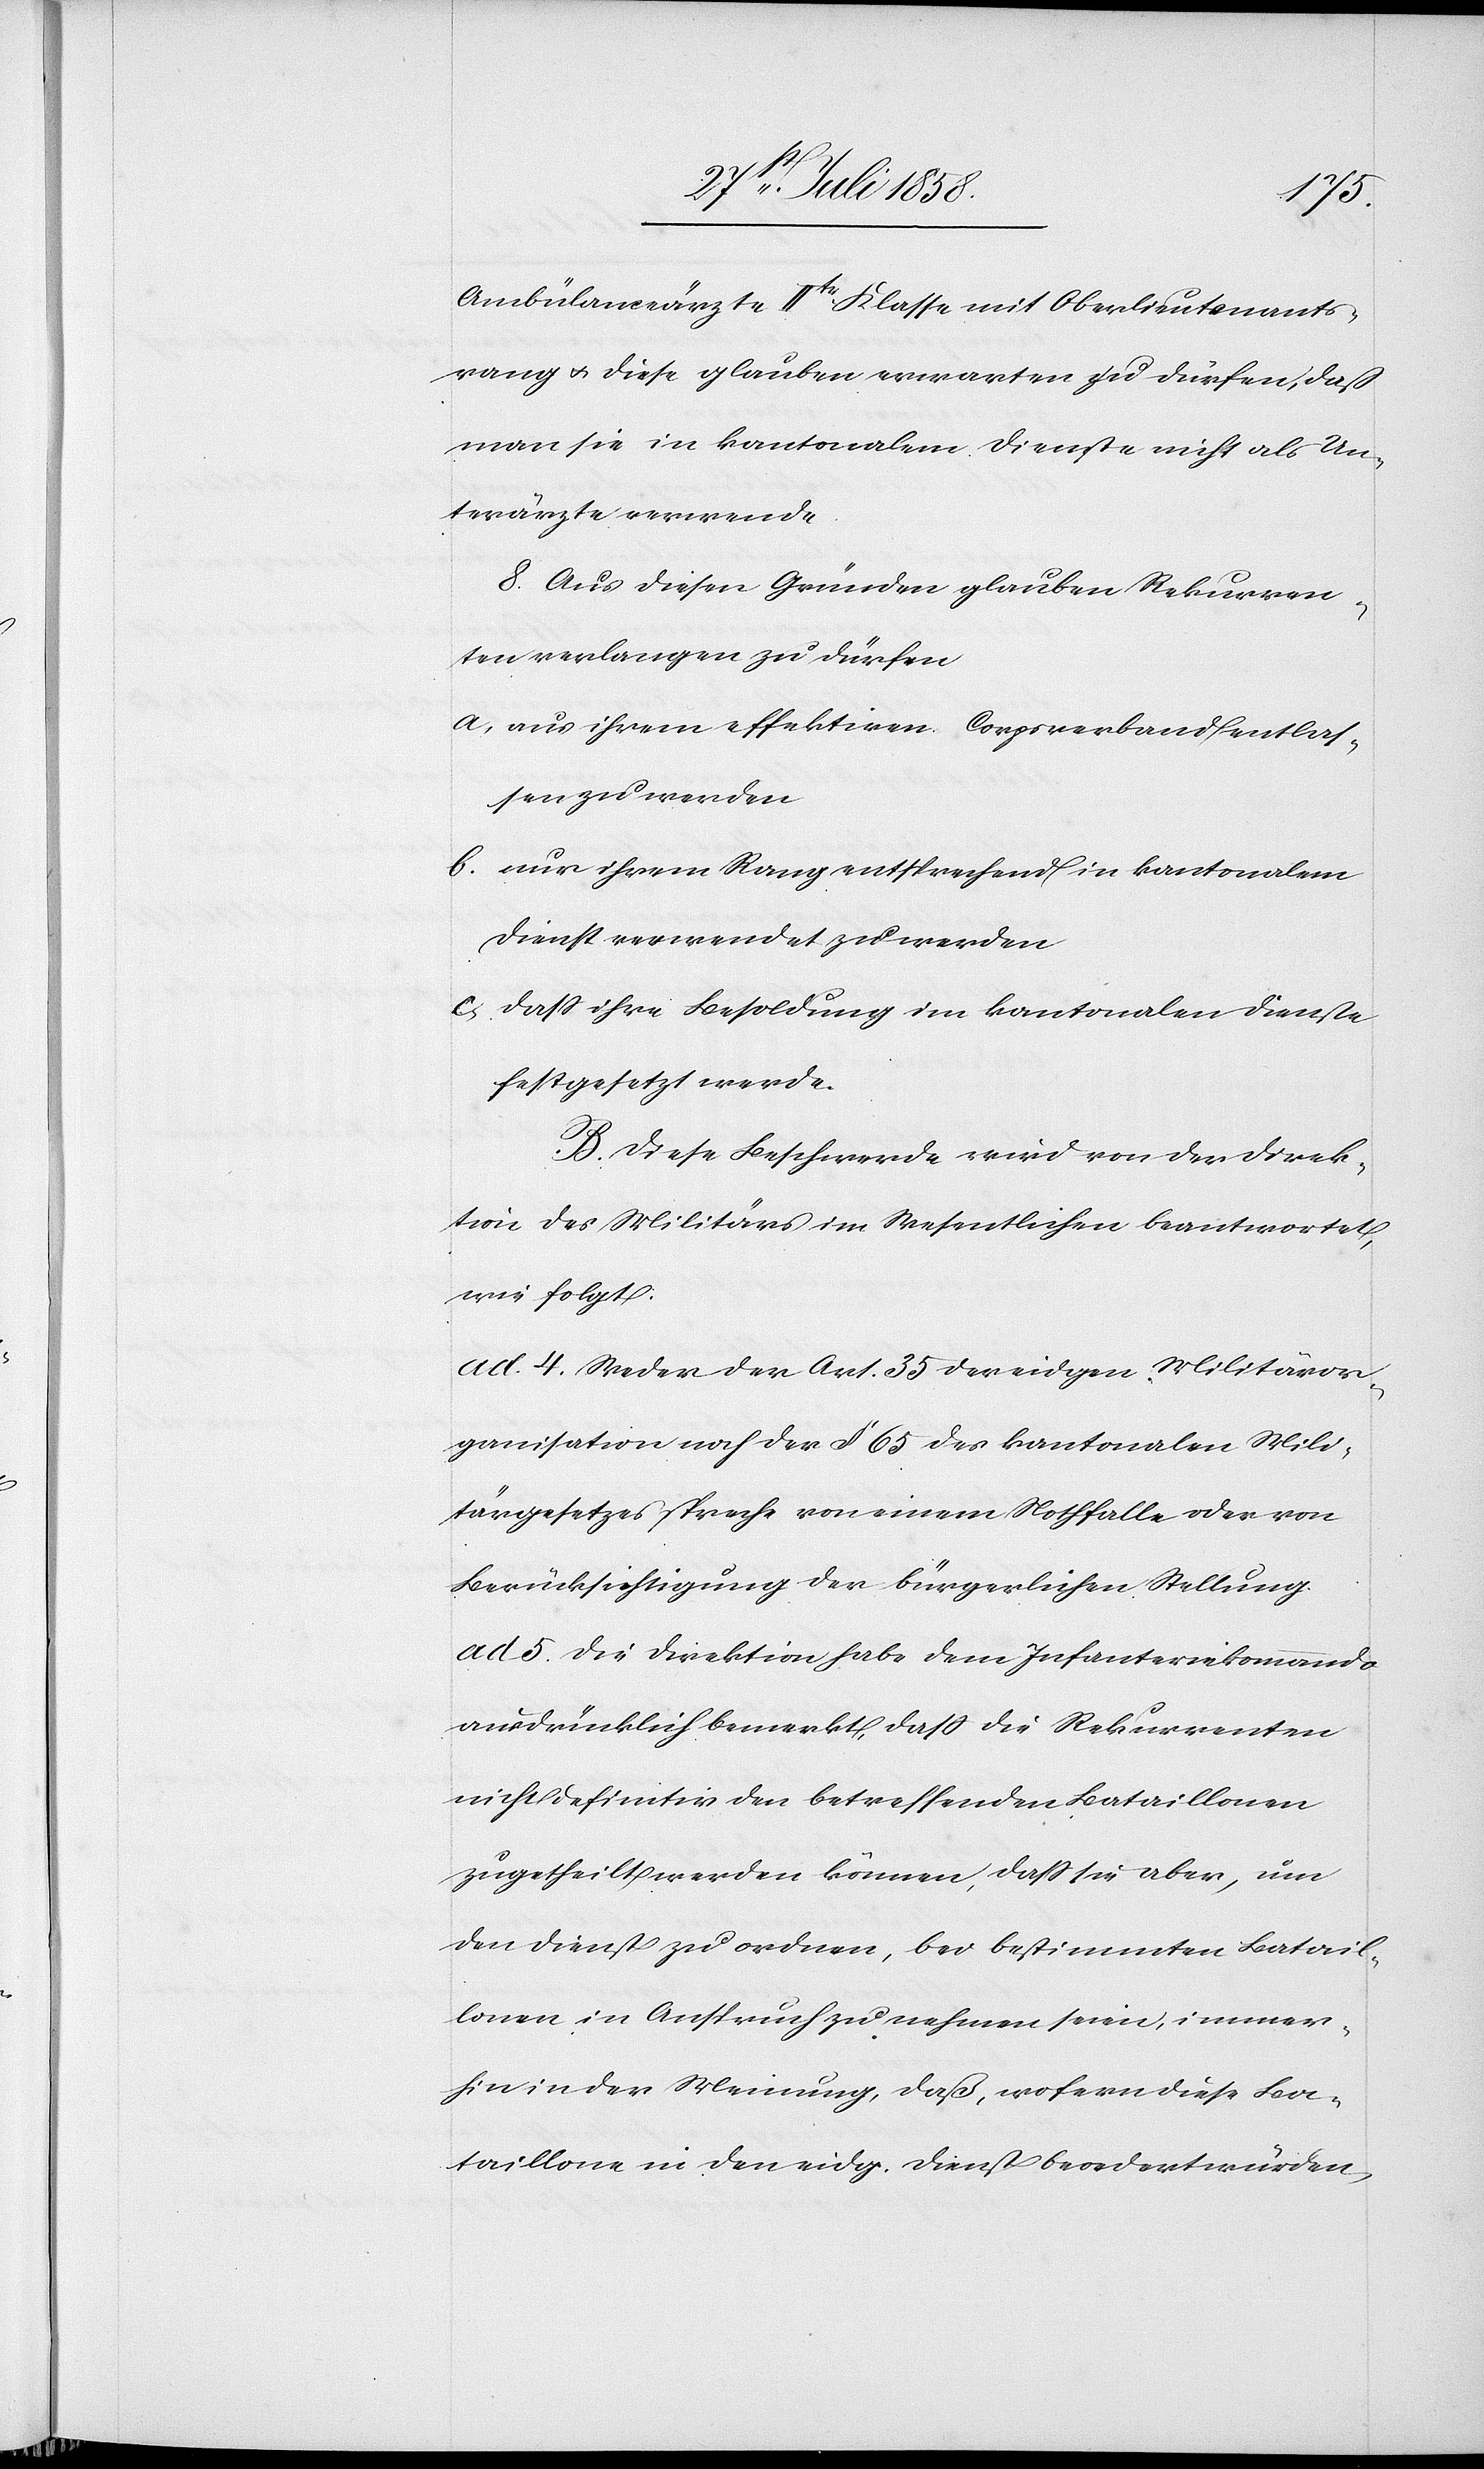
Ambülanceärzte IItr Klasse mit Oberlieutenants¬
rang & diese glauben erwarten zu dürfen, daß
man sie in kantonalem Dienste nicht als Un¬
terärzte verwende.
8. Aus diesen Gründen glauben Rekurren¬
ten verlangen zu dürfen
aus ihrem effektiven Corpsverband entlas¬
sen zu werden
nur ihrem Rang entsprechend in kantonalem
Dienst verwendet zu werden
dass ihre Besoldung im kantonalen Dienste
festgesetzt werde.
B. Diese Beschwerde wird von der Direk¬
tion des Militärs im Wesentlichen beantwortet,
wie folgt:
ad 4. Weder der Art. 35 der eidgen. Militäror¬
ganisation noch der § 65 des kantonalen Mili¬
tärgesetzes spreche von einem Nothfalle oder von
Berücksichtigung der bürgerlichen Stellung.
ad 5. Die Direktion habe dem Infanteriekommando
ausdrücklich bemerkt, dass die Rekurrenten
nicht definitiv den betreffenden Bataillonen
zugetheilt werden können, dass sie aber, um
den Dienst zu ordnen, bei bestimmten Batail¬
lonen in Anspruch zu nehmen seien, immer¬
hin in der Meinung, daß, wofern diese Ba¬
taillone in den eidg. Dienst beordert würden,